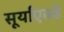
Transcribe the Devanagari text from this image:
सूर्यांएवढे